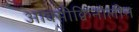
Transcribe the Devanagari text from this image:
आक्सीक्विनोलीन